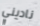
ناديني